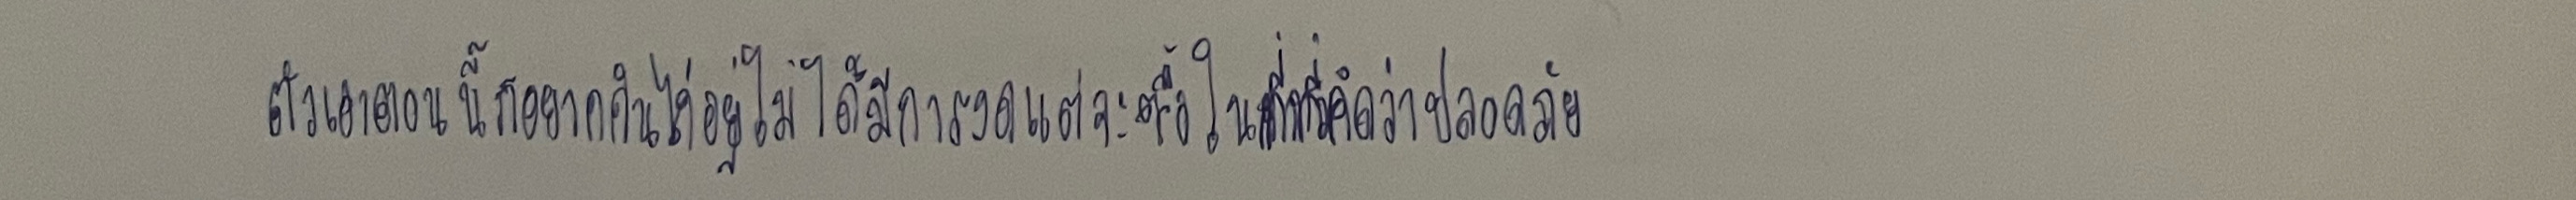
ตัวเองตอนนี้ก็กินไก่อยู่ไม่ได้มีการงดแต่จะซื้อในที่ที่คิดว่าปลอดภัย